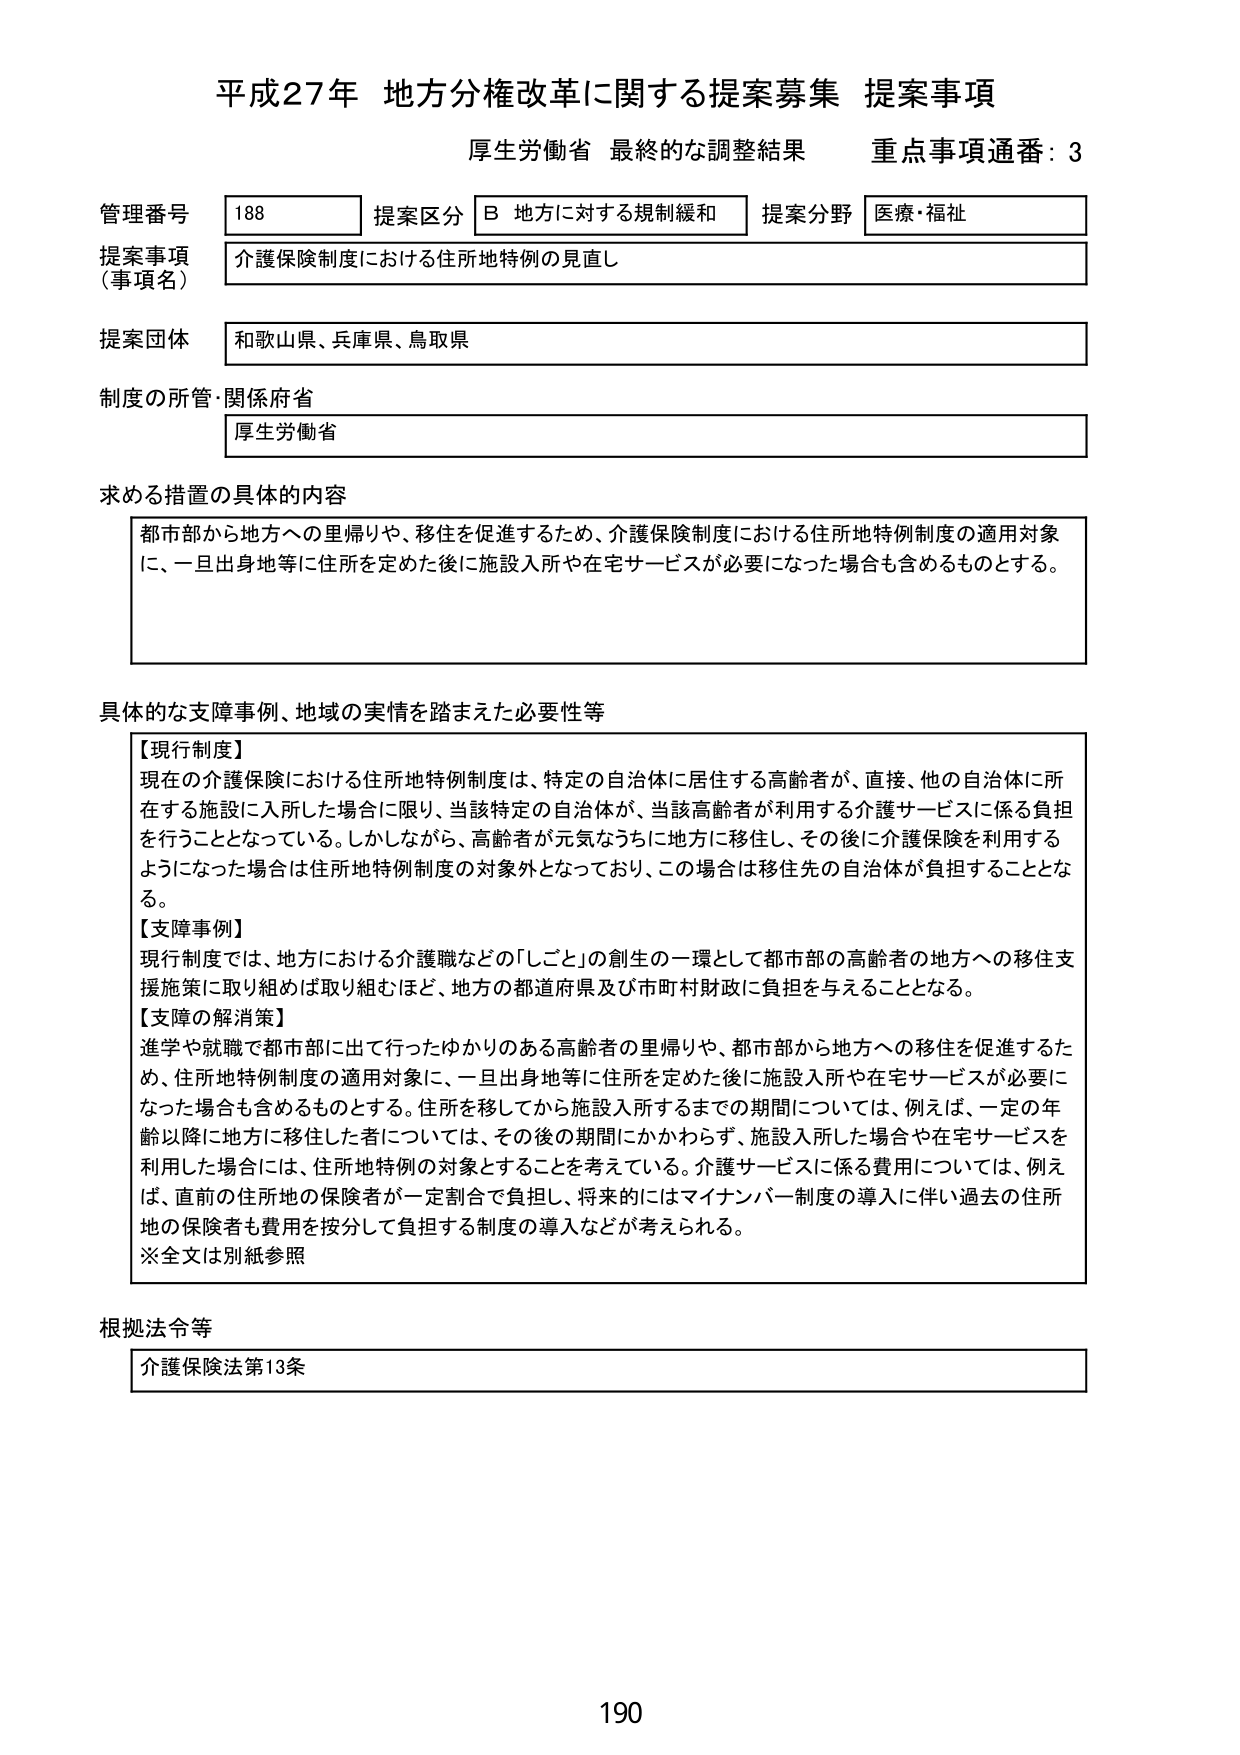
平成27年 地方分権改革に関する提案募集 提案事項
厚生労働省 最終的な調整結果 重点事項通番：3

管理番号 188 提案区分 B 地方に対する規制緩和 提案分野 医療・福祉
提案事項（事項名） 介護保険制度における住所地特例の見直し
提案団体 和歌山県、兵庫県、鳥取県
制度の所管・関係府省 厚生労働省

求める措置の具体的内容
都市部から地方への里帰りや、移住を促進するため、介護保険制度における住所地特例制度の適用対象に、一旦出身地等に住所を定めた後に施設入所や在宅サービスが必要になった場合も含めるものとする。

具体的な支障事例、地域の実情を踏まえた必要性等
【現行制度】
現在の介護保険における住所地特例制度は、特定の自治体に居住する高齢者が、直接、他の自治体に所在する施設に入所した場合に限り、当該特定の自治体が、当該高齢者が利用する介護サービスに係る負担を行うこととなっている。しかしながら、高齢者が元気なうちに地方に移住し、その後に介護保険を利用するようになった場合は住所地特例制度の対象外となっており、この場合は移住先の自治体が負担することとなる。
【支障事例】
現行制度では、地方における介護職などの「しごと」の創生の一環として都市部の高齢者の地方への移住支援施策に取り組めば取り組むほど、地方の都道府県及び市町村財政に負担を与えることとなる。
【支障の解決策】
進学や就職で都市部に出て行ったゆかりのある高齢者の里帰りや、都市部から地方への移住を促進するため、住所地特例制度の適用対象に、一旦出身地等に住所を定めた後に施設入所や在宅サービスが必要になった場合も含めるものとする。住所を移してから施設入所するまでの期間については、例えば、一定の年齢以降に地方に移住した者については、その後の期間にかかわらず、施設入所した場合や在宅サービスを利用した場合には、住所地特例の対象とすることを考えている。介護サービスに係る費用については、例えば、直前の住所地の保険者が一定割合で負担し、将来的にはマイナンバー制度の導入に伴い過去の住所地の保険者も費用を按分して負担する制度の導入などが考えられる。
※全文は別紙参照

根拠法令等
介護保険法第13条

190